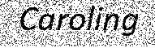
Caroling